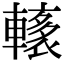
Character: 𨎭